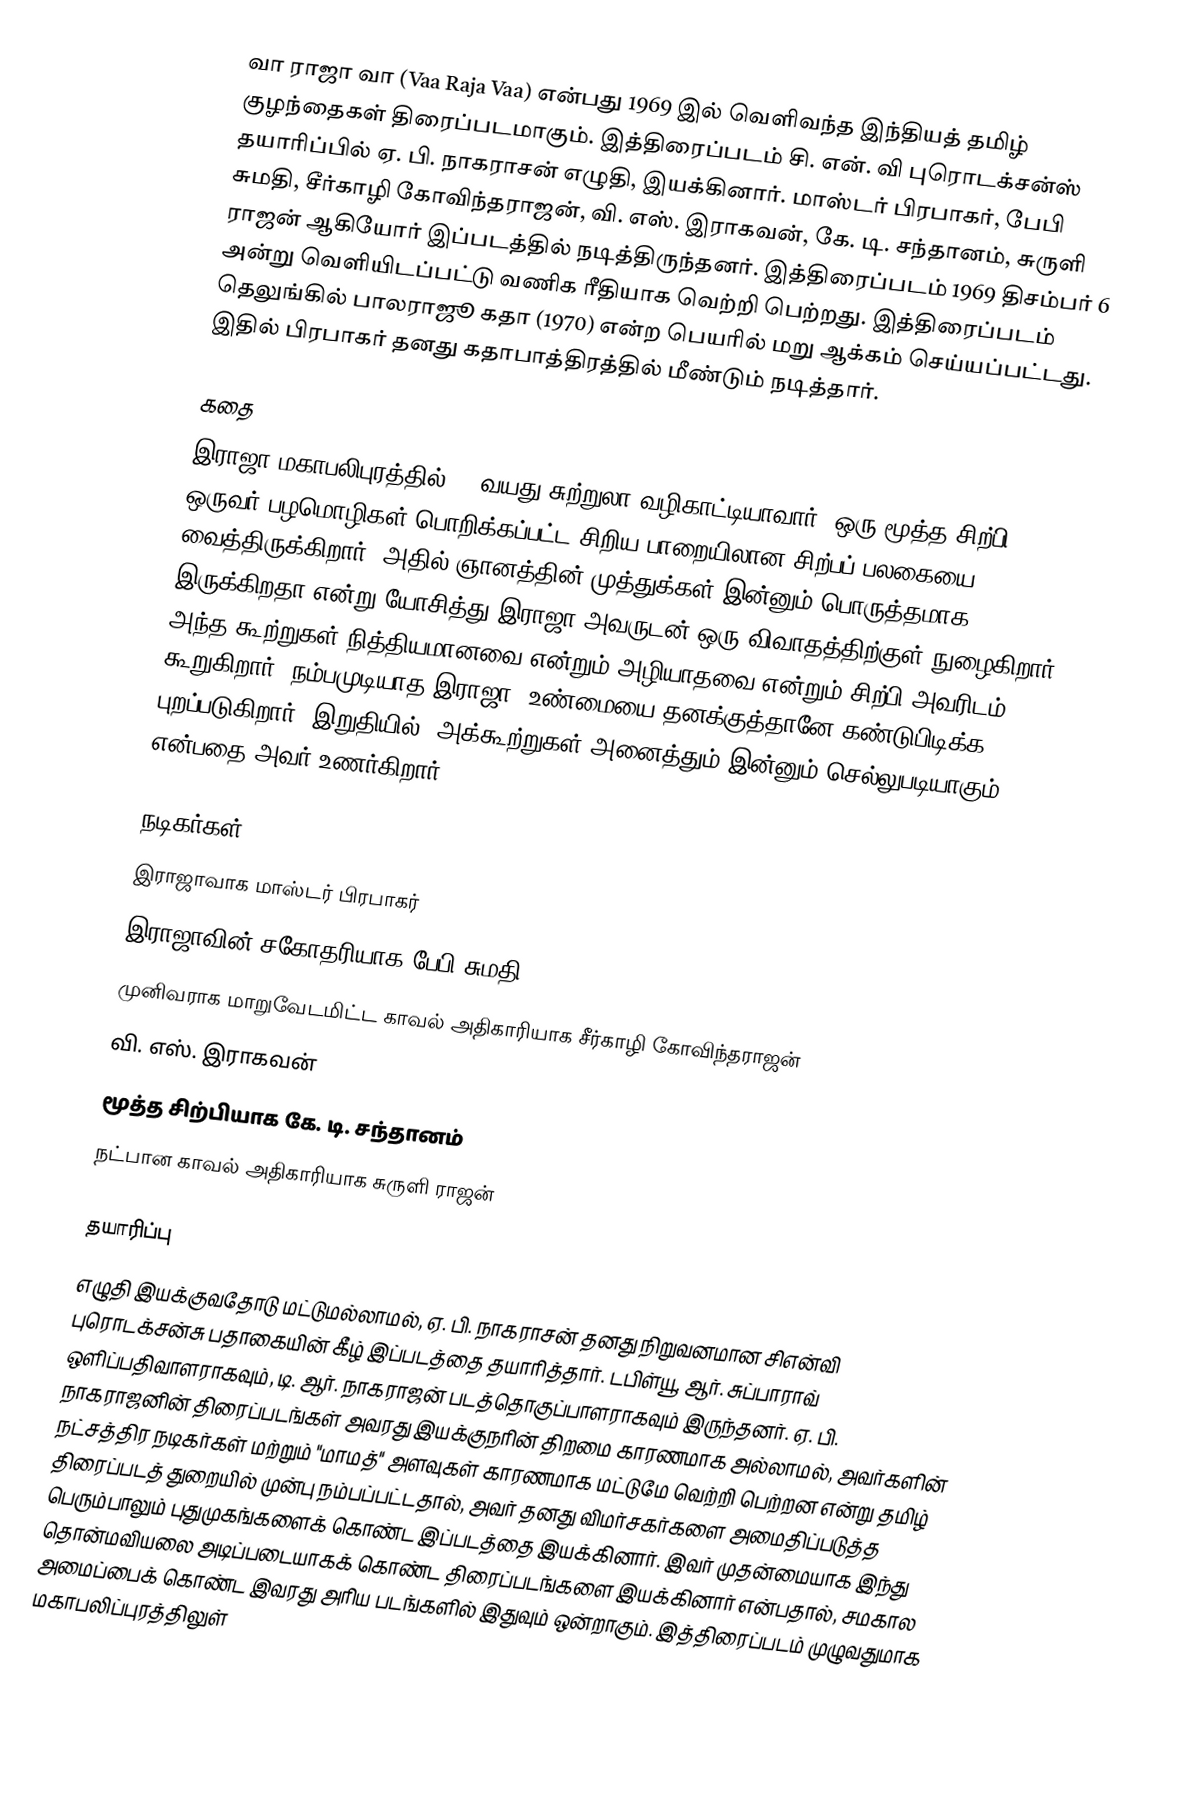
வா ராஜா வா (Vaa Raja Vaa) என்பது 1969 இல் வெளிவந்த இந்தியத் தமிழ் குழந்தைகள் திரைப்படமாகும். இத்திரைப்படம் சி. என். வி புரொடக்சன்ஸ் தயாரிப்பில் ஏ. பி. நாகராசன் எழுதி, இயக்கினார். மாஸ்டர் பிரபாகர், பேபி சுமதி, சீர்காழி கோவிந்தராஜன், வி. எஸ். இராகவன், கே. டி. சந்தானம், சுருளி ராஜன் ஆகியோர் இப்படத்தில் நடித்திருந்தனர். இத்திரைப்படம் 1969 திசம்பர் 6 அன்று வெளியிடப்பட்டு வணிக ரீதியாக வெற்றி பெற்றது. இத்திரைப்படம் தெலுங்கில் பாலராஜூ கதா (1970) என்ற பெயரில் மறு ஆக்கம் செய்யப்பட்டது. இதில் பிரபாகர் தனது கதாபாத்திரத்தில் மீண்டும் நடித்தார்.

கதை
இராஜா மகாபலிபுரத்தில் 10 வயது சுற்றுலா வழிகாட்டியாவார். ஒரு மூத்த சிற்பி ஒருவர் பழமொழிகள் பொறிக்கப்பட்ட சிறிய பாறையிலான சிற்பப் பலகையை வைத்திருக்கிறார். அதில் ஞானத்தின் முத்துக்கள் இன்னும் பொருத்தமாக இருக்கிறதா என்று யோசித்து இராஜா அவருடன் ஒரு விவாதத்திற்குள் நுழைகிறார். அந்த கூற்றுகள் நித்தியமானவை என்றும் அழியாதவை என்றும் சிற்பி அவரிடம் கூறுகிறார். நம்பமுடியாத இராஜா, உண்மையை தனக்குத்தானே கண்டுபிடிக்க புறப்படுகிறார். இறுதியில், அக்கூற்றுகள் அனைத்தும் இன்னும் செல்லுபடியாகும் என்பதை அவர் உணர்கிறார்.

நடிகர்கள்
 இராஜாவாக மாஸ்டர் பிரபாகர்
 இராஜாவின் சகோதரியாக பேபி சுமதி
 முனிவராக மாறுவேடமிட்ட காவல் அதிகாரியாக சீர்காழி கோவிந்தராஜன்
 வி. எஸ். இராகவன்
 மூத்த சிற்பியாக கே. டி. சந்தானம்
 நட்பான காவல் அதிகாரியாக சுருளி ராஜன்

தயாரிப்பு
எழுதி இயக்குவதோடு மட்டுமல்லாமல், ஏ. பி. நாகராசன் தனது நிறுவனமான சிஎன்வி புரொடக்சன்சு பதாகையின் கீழ் இப்படத்தை தயாரித்தார். டபிள்யூ. ஆர். சுப்பாராவ் ஒளிப்பதிவாளராகவும், டி. ஆர். நாகராஜன் படத்தொகுப்பாளராகவும் இருந்தனர். ஏ. பி. நாகராஜனின் திரைப்படங்கள் அவரது இயக்குநரின் திறமை காரணமாக அல்லாமல், அவர்களின் நட்சத்திர நடிகர்கள் மற்றும் "மாமத்" அளவுகள் காரணமாக மட்டுமே வெற்றி பெற்றன என்று தமிழ் திரைப்படத் துறையில் முன்பு நம்பப்பட்டதால், அவர் தனது விமர்சகர்களை அமைதிப்படுத்த பெரும்பாலும் புதுமுகங்களைக் கொண்ட இப்படத்தை இயக்கினார். இவர் முதன்மையாக இந்து தொன்மவியலை அடிப்படையாகக் கொண்ட திரைப்படங்களை இயக்கினார் என்பதால், சமகால அமைப்பைக் கொண்ட இவரது அரிய படங்களில் இதுவும் ஒன்றாகும். இத்திரைப்படம் முழுவதுமாக மகாபலிப்புரத்திலுள்